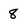
Character: 8